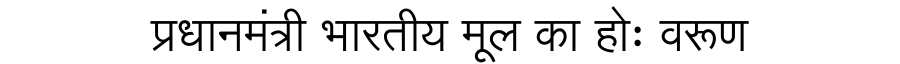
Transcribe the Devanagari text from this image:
प्रधानमंत्री भारतीय मूल का होः वरूण